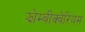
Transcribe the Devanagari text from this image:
झोम्बीक्वेरियम